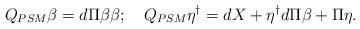
LaTeX: \begin{align*}Q_{PSM}\beta=d\Pi \beta \beta; \ \ \ Q_{PSM}\eta^\dag = dX + \eta^\dag d\Pi \beta + \Pi \eta.\end{align*}